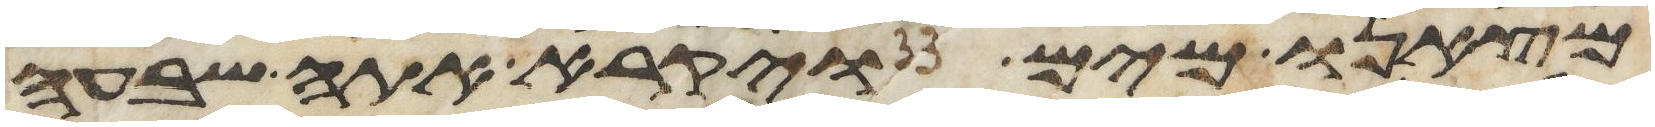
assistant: מצאנו מים ויקרא אתה שבעה